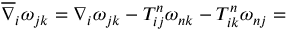
\overline { { { \nabla } } } _ { i } \omega _ { j k } = \nabla _ { i } \omega _ { j k } - T _ { i j } ^ { n } \omega _ { n k } - T _ { i k } ^ { n } \omega _ { n j } =